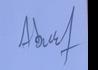
Signature authenticity: forged